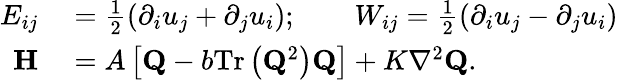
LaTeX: \begin{array}{rl}{E_{ij}}&{{}=\frac{1}{2}\left(\partial_{i}u_{j}+\partial_{j}u_{i}\right);\qquad W_{ij}=\frac{1}{2}\left(\partial_{i}u_{j}-\partial_{j}u_{i}\right)}\\ {\mathbf{H}}&{{}=A\left[\mathbf{Q}\mathbin{-}b\mathrm{Tr}\left(\mathbf{Q}^{2}\right)\mathbf{Q}\right]\mathbin{+}K\nabla^{2}\mathbf{Q}.}\end{array}